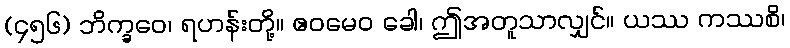
(၄၅၆) ဘိက္ခဝေ၊ ရဟန်းတို့။ ဧဝမေဝ ခေါ၊ ဤအတူသာလျှင်။ ယဿ ကဿစိ၊